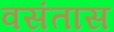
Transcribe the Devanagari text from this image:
वसंतास